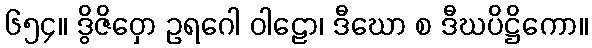
၆၅၄။ ဒွိဇိဝှော ဥရဂေါ ဝါဠော၊ ဒီဃော စ ဒီဃပိဋ္ဌိကော။